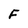
Character: F